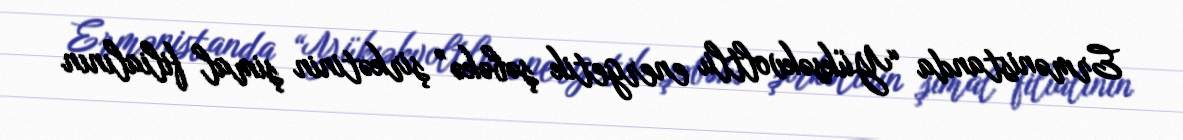
Ermənistanda “Yüksəkvoltlu energetik şəbəkə” şirkətinin şimal filialının